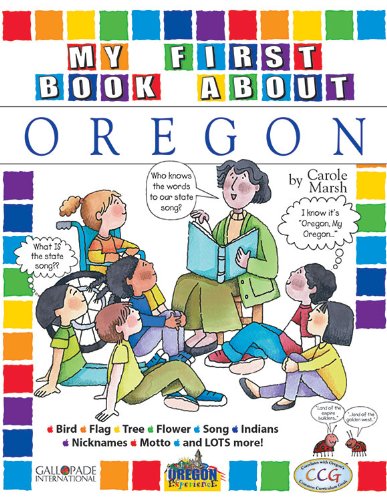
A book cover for My First Book About Oregon; Carole Marsh; Children's Books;